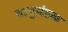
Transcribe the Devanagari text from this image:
वायुमंडळ